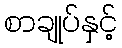
စာချုပ်နှင့်